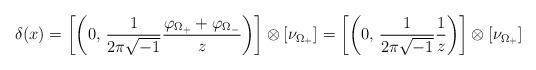
LaTeX: \begin{align*}\begin{aligned}\delta(x) &=\left[\left(0,\, \dfrac{1}{2\pi\sqrt{-1}}\frac {\varphi_{\Omega_+} + \varphi_{\Omega_-}} z\right)\right]\otimes [\nu_{\Omega_+}] =\left[\left(0,\, \frac{1}{2\pi\sqrt{-1}}\frac 1 z\right)\right]\otimes [\nu_{\Omega_+}] \end{aligned}\end{align*}